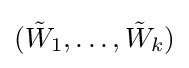
({\tilde {W}}_{1},\dots ,{\tilde {W}}_{k})